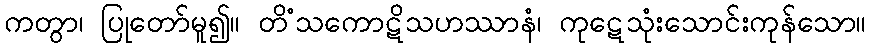
ကတွာ၊ ပြုတော်မူ၍။ တိံသကောဋိသဟဿာနံ၊ ကုဋေသုံးသောင်းကုန်သော။